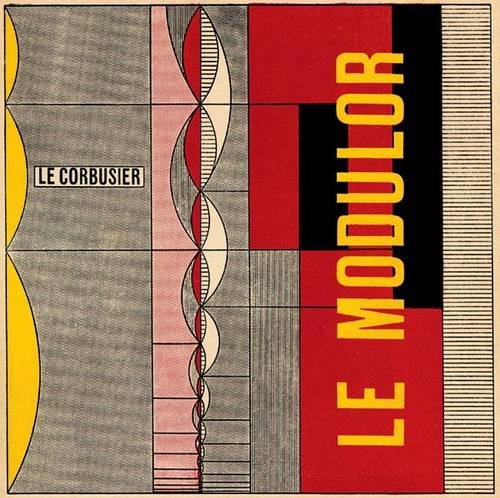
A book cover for Le Modulor and Modulor 2 [ENGLISH EDITION]; Le Corbusier; Arts & Photography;